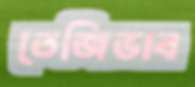
তেজিভাব